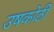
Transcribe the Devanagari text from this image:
उषकोठी